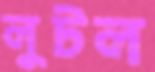
লুটল